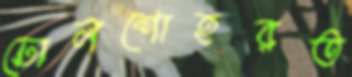
ঢোলশোহরত